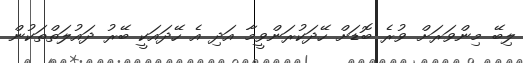
ލިބޭ މިންވަރަަށް ވުރެ ބޮޑަށް ހޭދަކުރަންވީމާ އަދި އެ ހޭދައަކީ ބޭރު ދައުލަތްތަކުން